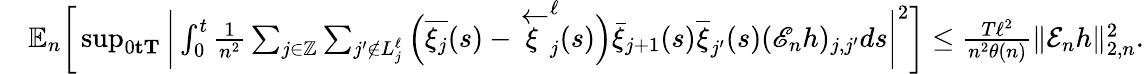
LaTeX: \begin{array}{rl}&{\mathbb{E}_{n}\bigg[\operatorname*{sup}_{0\le t\le T}\bigg|\int_{0}^{t}\frac{1}{n^{2}}\sum_{j\in\mathbb Z}\sum_{j^{\prime}\notin{L_{j}^{\ell}}}\Big(\overline{{\xi_{j}}}(s)-\overleftarrow{\xi}_{j}^{\ell}(s)\Big)\bar{\xi}_{j+1}(s)\overline{{\xi}}_{j^{\prime}}(s)(\mathscr{E}_{n}h)_{j,j^{\prime}}ds\bigg|^{2}\bigg]\leq\frac{T\ell^{2}}{n^{2}\theta(n)}\| \mathcal E_{n}h\| _{2,n}^{2}.}\end{array}